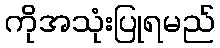
ကိုအသုံးပြုရမည်